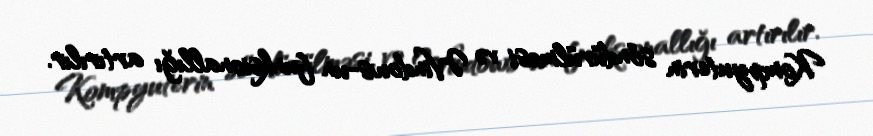
Kompyuterin söndürülməsi və Windows-un funksionallığı artırılır.